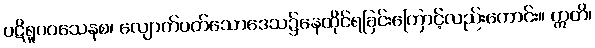
ပဋိရူပဝသေနစ၊ လျောက်ပတ်သောဒေသ၌နေထိုင်ရခြင်းကြောင့်လည်းကောင်း။ ဣတိ၊